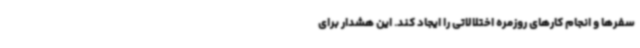
سفرها و انجام کارهای روزمره اختلالاتی را ایجاد کند. این هشدار برای